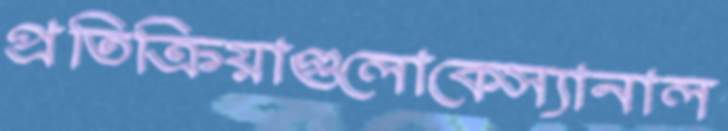
প্রতিক্রিয়াগুলোকেস্যানাল